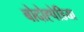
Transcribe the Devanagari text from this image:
बोदोह्पेडिया